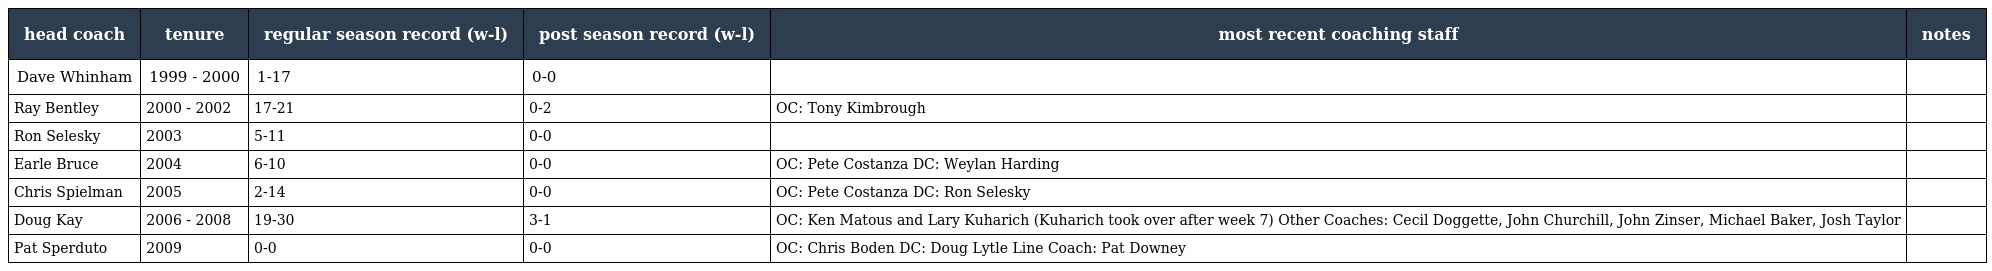
| head coach | tenure | regular season record (w-l) | post season record (w-l) | most recent coaching staff | notes |
 | --- | --- | --- | --- | --- | --- |
 | Dave Whinham | 1999 - 2000 | 1-17 | 0-0 |  |  |
 | Ray Bentley | 2000 - 2002 | 17-21 | 0-2 | OC: Tony Kimbrough |  |
 | Ron Selesky | 2003 | 5-11 | 0-0 |  |  |
 | Earle Bruce | 2004 | 6-10 | 0-0 | OC: Pete Costanza DC: Weylan Harding |  |
 | Chris Spielman | 2005 | 2-14 | 0-0 | OC: Pete Costanza DC: Ron Selesky |  |
 | Doug Kay | 2006 - 2008 | 19-30 | 3-1 | OC: Ken Matous and Lary Kuharich (Kuharich took over after week 7) Other Coaches: Cecil Doggette, John Churchill, John Zinser, Michael Baker, Josh Taylor |  |
 | Pat Sperduto | 2009 | 0-0 | 0-0 | OC: Chris Boden DC: Doug Lytle Line Coach: Pat Downey |  |